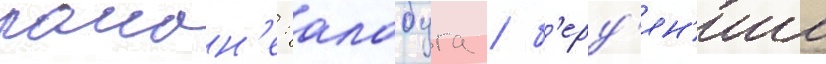
раион'е: алабуга / б'ерд'ян'иш